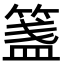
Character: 𥱔